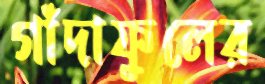
গাঁদাফুলের